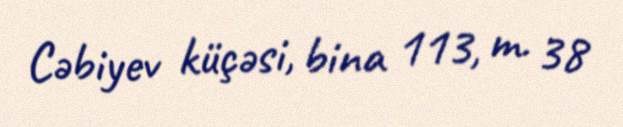
Cəbiyev küçəsi, bina 113, m. 38